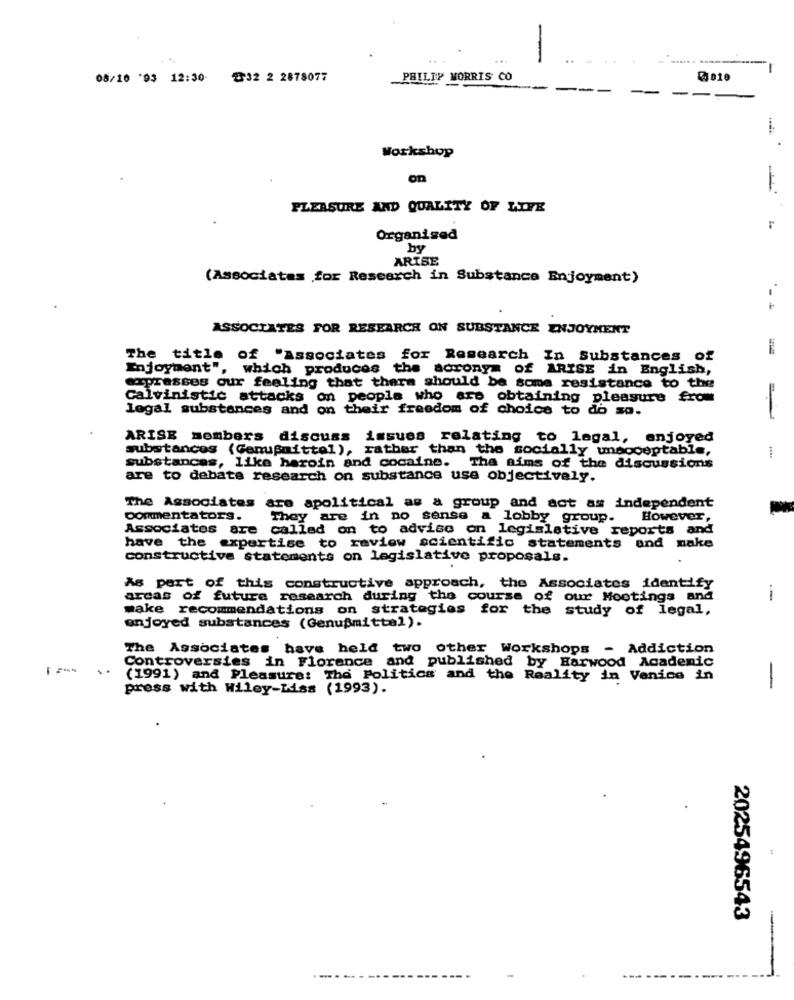
-
08/10 '93 12:30-
832 2 2878077
PHILIP MORRIS CO
-
Workshop
OD
PLEASURE AND QUALITY OF LIFE
Organised
by
ARISE
(Associates for Research in Substance Enjoyment)
ASSOCIATES FOR RESEARCH ON SUBSTANCE ENJOYMENT
-
The title of "Associates for Research In Substances of
Enjoyment", which produces the acronym of ARISE in English,
expresses our feeling that there should be some resistance to the
Calvinistic attacks on people who are obtaining pleasure from
legal substances and on their freedom of choice to do so.
ARISE members discuss issues relating to legal, enjoyed
substances (Genufaittel), rather than the socially unsoceptable,
substances, like heroin and cocaine. The aims of the discussions
are to debate research on substance use objectively.
The Associates are apolitical as a group and act as independent
commentators.
They are in no sense a lobby group. However,
Associates are called on to advise on legislative reports and
have the expertise to review scientific statements and nake
constructive statements on legislative proposals.
As part of this constructive approach, the Associates identify
areas of future research during the course of our Mootings and
make recommendations on strategies for the study of legal,
enjoyed substances (Genußmittel).
The Associates have held two other Workshops - Addiction
Controversies in Florence and published by Harwood Academic
..
(1991) and Pleasure: The Politics and the Reality in Venice in
press with Wiley-Liss (1993).
-
2025496543
-.